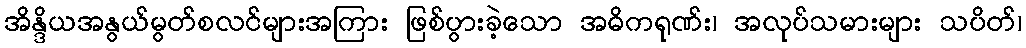
အိန္ဒိယအနွယ်မွတ်စလင်များအကြား ဖြစ်ပွားခဲ့သော အဓိကရုဏ်း၊ အလုပ်သမားများ သပိတ်၊